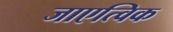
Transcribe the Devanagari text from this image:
जाएत्विक